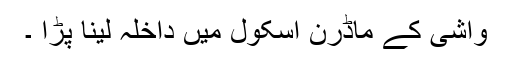
واشی کے ماڈرن اسکول میں داخلہ لینا پڑا ۔